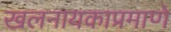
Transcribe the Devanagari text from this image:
खलनायकाप्रमाणे